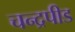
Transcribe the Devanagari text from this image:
चन्द्रपीड